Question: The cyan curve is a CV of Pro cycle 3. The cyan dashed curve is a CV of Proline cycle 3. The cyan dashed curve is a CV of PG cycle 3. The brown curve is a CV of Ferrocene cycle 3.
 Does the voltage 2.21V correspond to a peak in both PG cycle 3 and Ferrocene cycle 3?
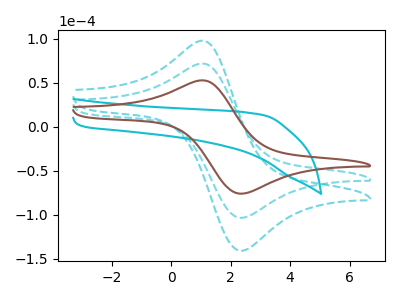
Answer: <think>The cyan curve "Pro cycle 3" has no peaks. The cyan dashed curve "Proline cycle 3" has an anodic peak at (1.15V, 143.00uA) and a cathodic peak at (2.35V, -207.10uA). The cyan dashed curve "PG cycle 3" has an anodic peak at (1.15V, 71.50uA) and a cathodic peak at (2.35V, -103.55uA). The brown curve "Ferrocene cycle 3" has an anodic peak at (1.15V, 52.50uA) and a cathodic peak at (2.35V, -76.05uA).</think>
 <answer>No, "PG cycle 3" and "Ferrocene cycle 3" dont share a peak at 2.21V.</answer>
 <eval>mismatch</eval>